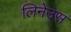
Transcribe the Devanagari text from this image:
लिनेउस